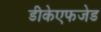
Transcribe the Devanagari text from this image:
डीकेएफजेड